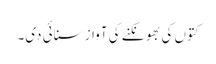
کتوں کی بھونکنے کی آواز سنائی دی۔